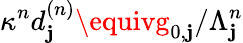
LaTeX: \kappa^{n}d_{\mathbf{j}}^{(n)}\equivg_{0,\mathbf{j}}/\Lambda_{\mathbf{j}}^{n}